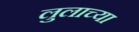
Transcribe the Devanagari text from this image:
लुलाच्या